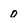
Character: 0